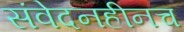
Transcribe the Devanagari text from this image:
संवेदनहीनच